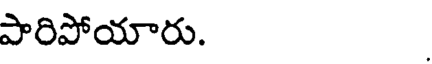
పారిపోయారు.